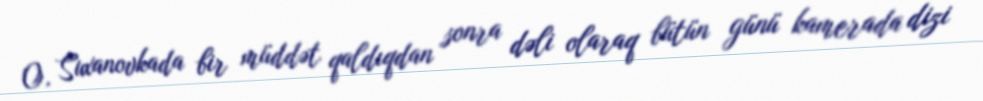
O, Suxanovkada bir müddət qaldıqdan sonra dəli olaraq bütün günü kamerada dizi